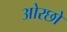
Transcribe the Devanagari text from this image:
ओरछो